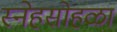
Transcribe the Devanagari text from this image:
स्नेहसोहळा